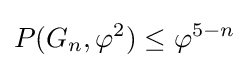
P(G_{n},\varphi ^{2})\leq \varphi ^{5-n}